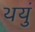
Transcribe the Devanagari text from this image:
थयुं